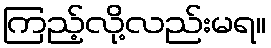
ကြည့်လို့လည်းမရ။